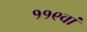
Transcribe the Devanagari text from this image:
११९वां